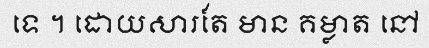
ទេ ។ ដោយសារតែ មាន គម្លាត នៅ